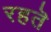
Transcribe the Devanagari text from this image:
रहतॆ